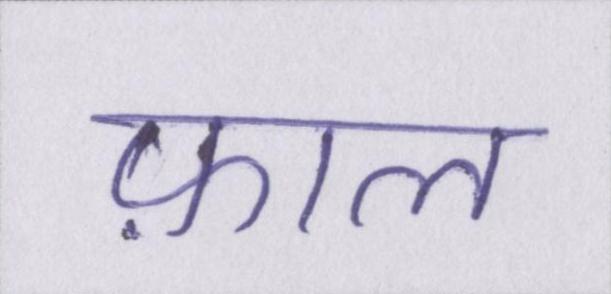
फ़ाल